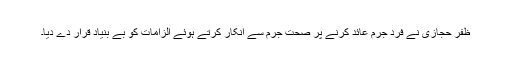
ظفر حجازی نے فرد جرم عائد کرنے پر صحت جرم سے انکار کرتے ہوئے الزامات کو بے بنیاد قرار دے دیا۔